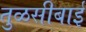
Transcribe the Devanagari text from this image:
तुळसीबाई